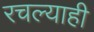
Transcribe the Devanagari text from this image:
रचल्याही